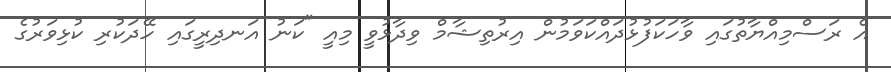
އެ ރަސްމިއްޔާތުގައި ވާހަކަފުޅުދައްކަވަމުން އިރުތިޝާމް ވިދާޅުވީ މިއީ "ކަނު އަނދިރީގައި ހޭދަކުރި ކުޅިވަރުގެ